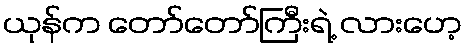
ယုန်က တော်တော်ကြီးရဲ့ လားဟေ့